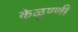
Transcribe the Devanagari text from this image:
केळूण्णी